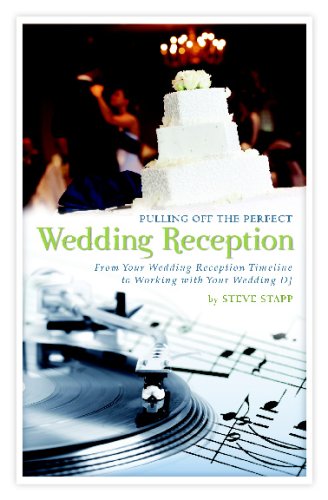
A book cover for Pulling Off The Perfect Wedding Reception: From Your Wedding Reception Timeline To Working With Your Wedding Dj; Steve Stapp; Crafts, Hobbies & Home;